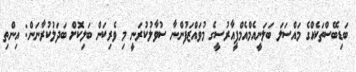
ބަޑިބޭސްތަކެއްގެ މައްސަލަ ބަލަނީއެމްއެމްޕީއާރުސީގެ މުވައްޒަފުންނާ ސުވާލުކުރަނީ މި ވެރިކަން ބަލިކޮށް ބަދަލުކުރާނަން: އިންތި